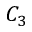
C _ { 3 }